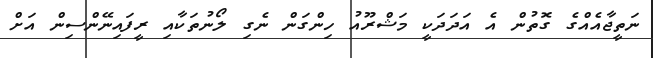
ނަތީޖާއެއްގެ ގޮތުން އެ އަދަދަކީ މަޝްރޫއު ހިންގަން ނެގި ލޯނުތަކާއި ރީފައިނޭންސިން އަށް